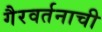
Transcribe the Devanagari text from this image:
गैरवर्तनाची